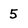
Character: 5